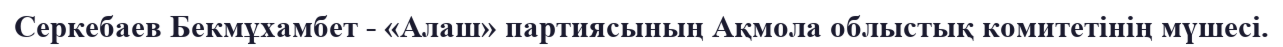
Серкебаев Бекмұхамбет - «Алаш» партиясының Ақмола облыстық комитетінің мүшесі.